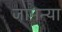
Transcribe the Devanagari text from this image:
जामन्या